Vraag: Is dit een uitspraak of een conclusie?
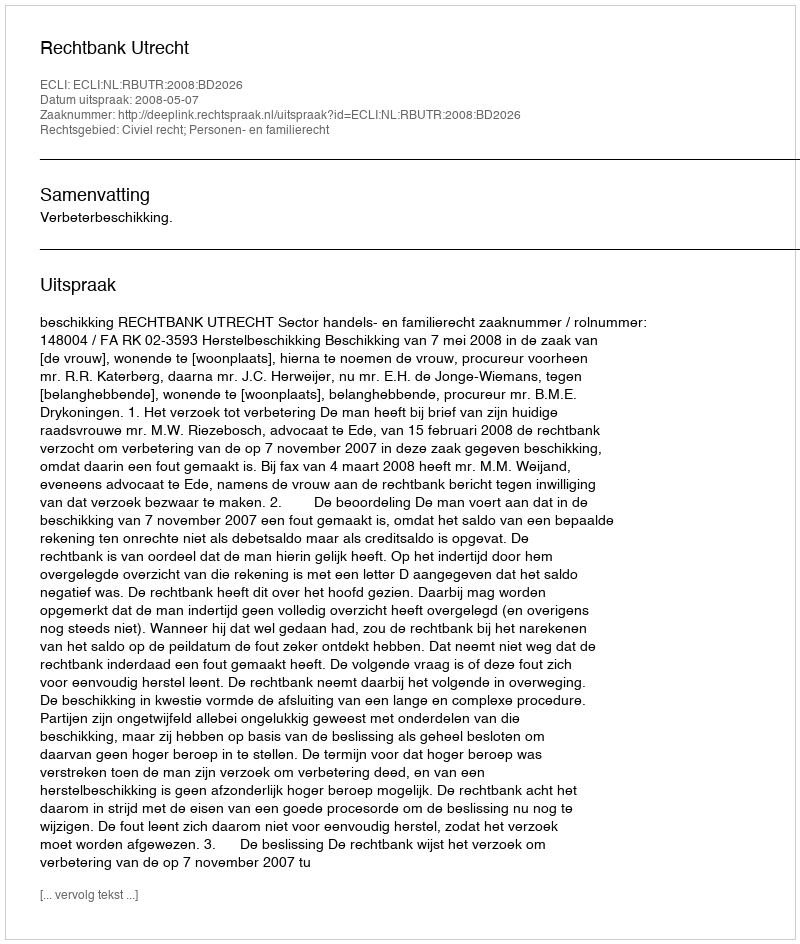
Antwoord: Uitspraak